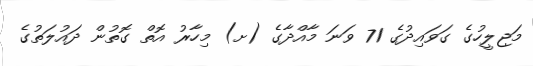
މަޖިލީހުގެ ގަވައިދުގެ 71 ވަނަ މާއްދާގެ (ށ) މިހާރު އޮތް ގޮތުން ދައުލަތުގެ